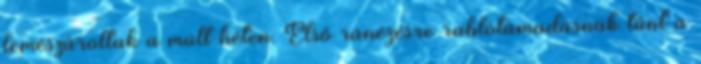
lemészároltak a múlt héten. Első ránézésre rablótámadásnak tűnt a